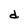
Character: d